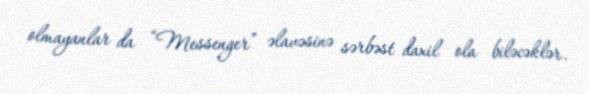
olmayanlar da “Messenger” əlavəsinə sərbəst daxil ola biləcəklər.